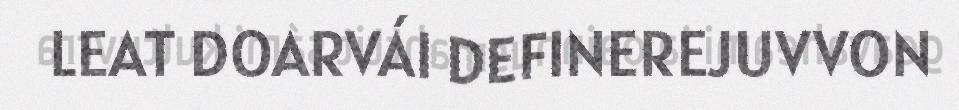
LEAT DOARVÁI DEFINEREJUVVON